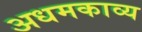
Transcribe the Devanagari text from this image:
अधमकाव्य